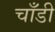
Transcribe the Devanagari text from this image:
चाँडी